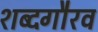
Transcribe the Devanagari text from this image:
शब्दगौरव